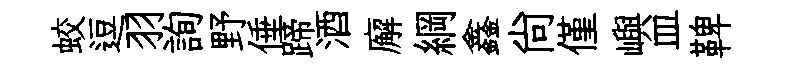
蛟逗羽詢野倕蹄酒廨綱鑫尙僅嶼皿鞞